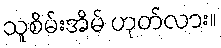
သူစိမ်းအိမ် ဟုတ်လား။